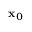
\mathbf { x } _ { 0 }